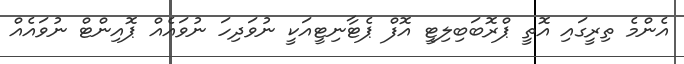
އެންމެ ތިރީގައި އޮތީ ޕްރޮބަބިލިޓީ އޮފް ޕެޓާނިޓީއަކީ ނުވަދިހަ ނުވައެއް ޕޮއިންޓް ނުވައެއް